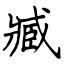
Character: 臧